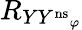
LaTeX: R_{{YY^{\mathrm{ns}}}_{\varphi}}